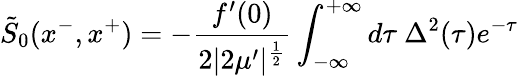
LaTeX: \tilde{S}_{0}(x^{-},x^{+})=-{\frac{f^{\prime}(0)}{2|2\mu^{\prime}|^{\frac{1}{2}}}}\int_{-\infty}^{+\infty}d\tau\ \Delta^{2}(\tau)e^{-\tau}